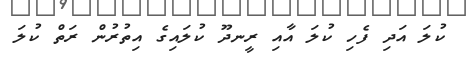
ކުލަ އަދި ފެހި ކުލަ އާއި ރީނދޫ ކުލައިގެ އިތުރުން ރަތް ކުލަ